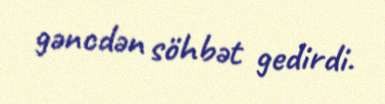
gəncdən söhbət gedirdi.